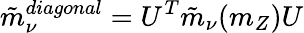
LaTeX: \tilde{m}_{\nu}^{diagonal}=U^{T}\tilde{m}_{\nu}(m_{Z})U